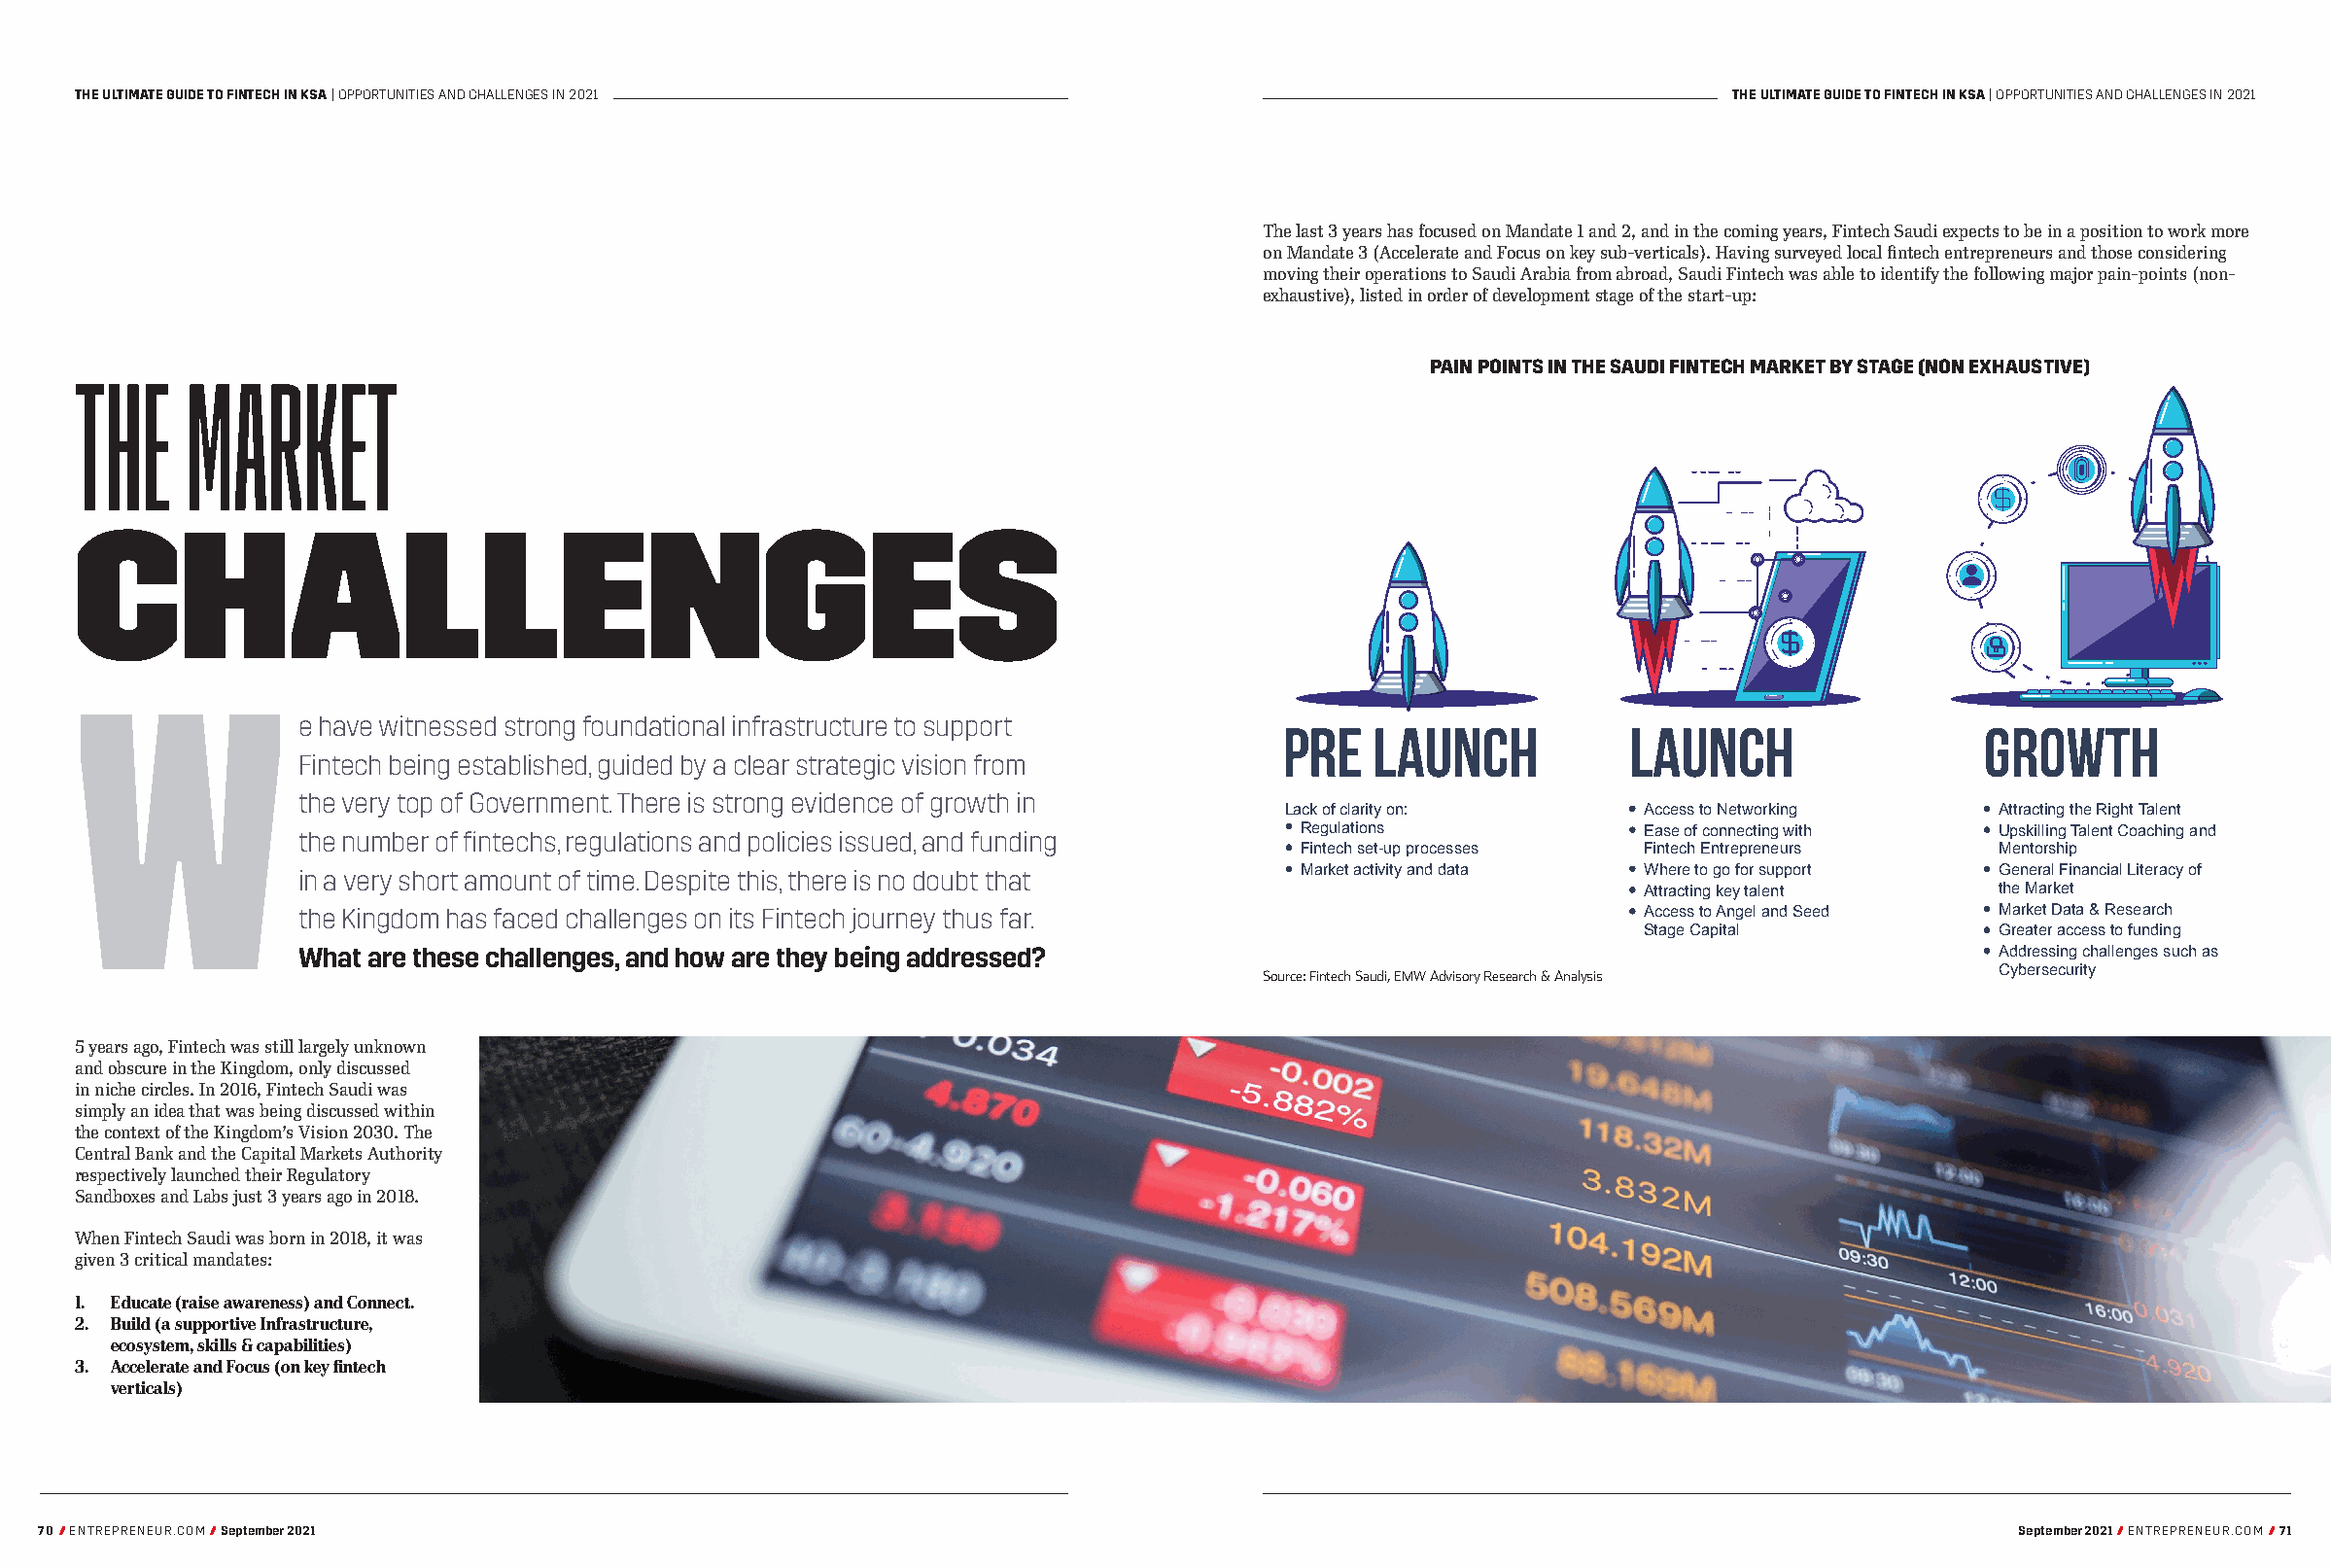
THE ULTIMATE GUIDE TO FINTECH IN KSA | OPPORTUNITIES AND CHALLENGES IN 2021                                      THE ULTIMATE GUIDE TO FINTECH IN KSA | OPPORTUNITIES AND CHALLENGES IN 2021
 The last 3 years has focused on Mandate 1 and 2, and in the coming years, Fintech Saudi expects to be in a position to work more
 on Mandate 3 (Accelerate and Focus on key sub-verticals). Having surveyed local fintech entrepreneurs and those considering
 moving their operations to Saudi Arabia from abroad, Saudi Fintech was able to identify the following major pain-points (non-
 exhaustive), listed in order of development stage of the start-up:
 THE     MARKET                                                                              PAIN POINTS IN THE SAUDI FINTECH MARKET BY STAGE (NON EXHAUSTIVE)
 CHALLENGES
 W
 e have witnessed strong foundational infrastructure to support     pre    launch           launch                  Growth
 Fintech being established, guided by a clear strategic vision from
 the very top of Government. There is strong evidence of growth in
 Lack of clarity on:      Access to Networking    Attracting the Right Talent
 the number of fintechs, regulations and policies issued, and funding Regulations            Ease of connecting with Upskilling Talent Coaching and
 Fintech set-up processes Fintech Entrepreneurs Mentorship
 in a very short amount of time. Despite this, there is no doubt that Market activity and data Where to go for support General Financial Literacy of
 Attracting key talent   the Market
 the Kingdom has faced challenges on its Fintech journey thus far.                           Access to Angel and Seed Market Data & Research
 Stage Capital           Greater access to funding
 What are these challenges, and how are they being addressed?                                                        Addressing challenges such as
 Source: Fintech Saudi, EMW Advisory Research & Analysis Cybersecurity
 5 years ago, Fintech was still largely unknown
 and obscure in the Kingdom, only discussed
 in niche circles. In 2016, Fintech Saudi was
 simply an idea that was being discussed within
 the context of the Kingdom’s Vision 2030. The
 Central Bank and the Capital Markets Authority
 respectively launched their Regulatory
 Sandboxes and Labs just 3 years ago in 2018.
 When Fintech Saudi was born in 2018, it was
 given 3 critical mandates:
 1. Educate (raise awareness) and Connect.
 2. Build (a supportive Infrastructure,
 ecosystem, skills & capabilities)
 3. Accelerate and Focus (on key fintech
 verticals)
 70/ ENTREPRENEUR.COM / September 2021                                                                                                 September 2021 / ENTREPRENEUR.COM / 71